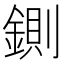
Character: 鍘